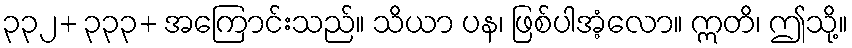
၃၃၂+ ၃၃၃+ အကြောင်းသည်။ သိယာ ပန၊ ဖြစ်ပါအံ့လော။ ဣတိ၊ ဤသို့။